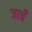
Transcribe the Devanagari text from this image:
जाचँ